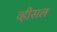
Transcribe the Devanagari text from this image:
व्हीसल